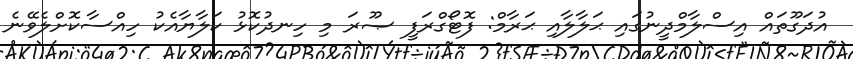
އުދަގޫތައް އިސްލާމްދީނުގައި ޙަލާލާއި ޙަރާމް: ފޮޓޯގްރަފީ ޞޫރަ މި ހިނދުކޮޅު ކަލާޔާއެކު ހިއްސާކޮށްލެވޭނެ